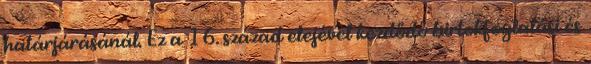
határjárásánál. Ez a 16. század elejével kezdődő birtokfoglalási és